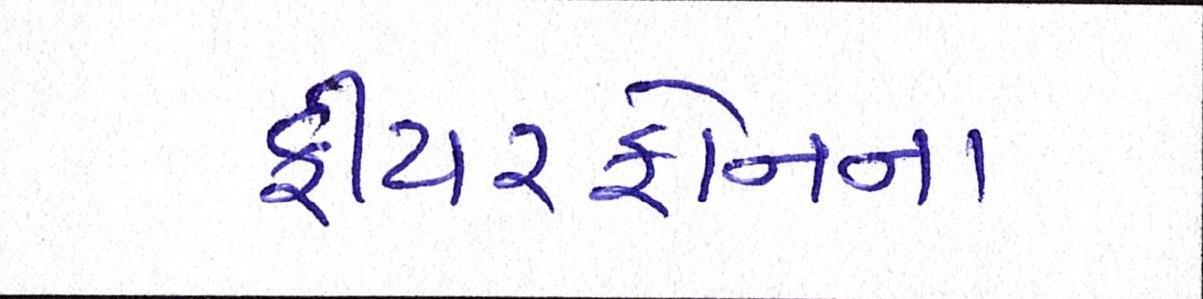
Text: ફીચરફોનના